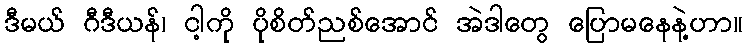
ဒီမယ် ဂီဒီယန်၊ ငါ့ကို ပိုစိတ်ညစ်အောင် အဲဒါတွေ ပြောမနေနဲ့ဟာ။